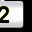
Digit: 2